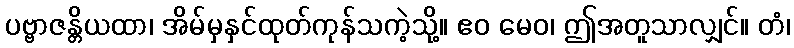
ပဗ္ဗာဇန္တိယထာ၊ အိမ်မှနှင်ထုတ်ကုန်သကဲ့သို့။ ဧဝ မေဝ၊ ဤအတူသာလျှင်။ တံ၊